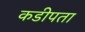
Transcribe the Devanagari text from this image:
कडीपता